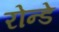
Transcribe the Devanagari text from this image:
रोन्डे